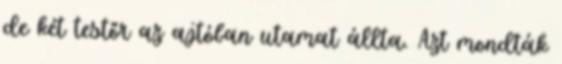
de két testőr az ajtóban utamat állta. Azt mondták